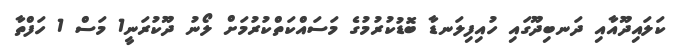
ކަލައިދޫއާއި ދަނބިދޫގައި ހުއިފިލަނޑާ ބޮޑުކުރުމުގެ މަސައްކަތްކުރުމަށް ލޯނު ދޫކުރަނީ1 މަސް 1 ހަފްތާ